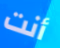
أنت